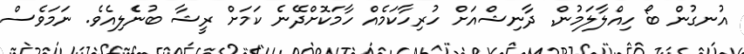
އުނގުން ބޯ ހިއްލާލަމުން